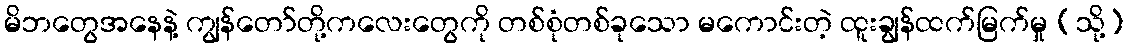
မိဘတွေအနေနဲ့ ကျွန်တော်တို့ကလေးတွေကို တစ်စုံတစ်ခုသော မကောင်းတဲ့ ထူးချွန်ထက်မြက်မှု (သို့)